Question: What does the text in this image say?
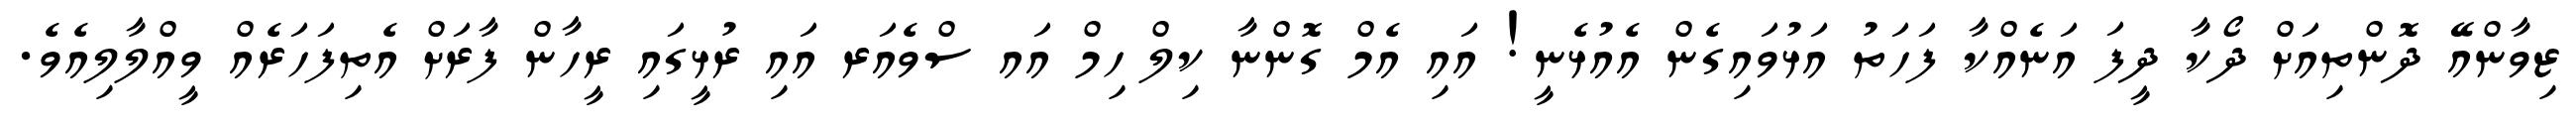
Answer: ޒިވާންއޭ ދޮންތިއަށް ދޯކާ ދީފަ އަނެއްކާ ފަހަތު އަޅުވައިގެން އެއުޅެނީ! އައި އެމް ގޮންނާ ކިލް ހިމް އައ ސްވެއަރ އައި ރުޅީގައި ރީހާން ފާރަށް އެތިފަހަރެއް ވީއްލާލިއެވެ.